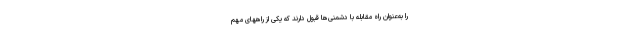
را به‌عنوان راه مقابله با دشمنی‌ها قبول دارند که یکی از راههای مهم